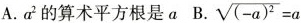
A. a^{2}的算术平方根是a B. $$\sqrt{(-a)^{2}}=a$$